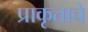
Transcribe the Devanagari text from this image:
प्राकृताचे